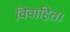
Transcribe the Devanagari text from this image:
विवाहित।